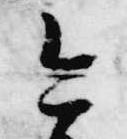
今